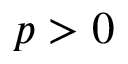
p > 0